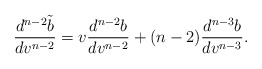
\begin{align*} \frac{d^{n-2}\tilde{b}}{dv^{n-2}}=v\frac{d^{n-2}b}{dv^{n-2}}+(n-2)\frac{d^{n-3}b}{dv^{n-3}}.\end{align*}